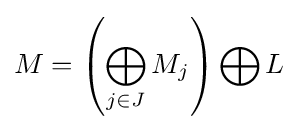
M=\left(\bigoplus _{j\in J}M_{j}\right)\bigoplus L